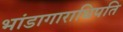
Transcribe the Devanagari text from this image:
भांडागाराधिपति